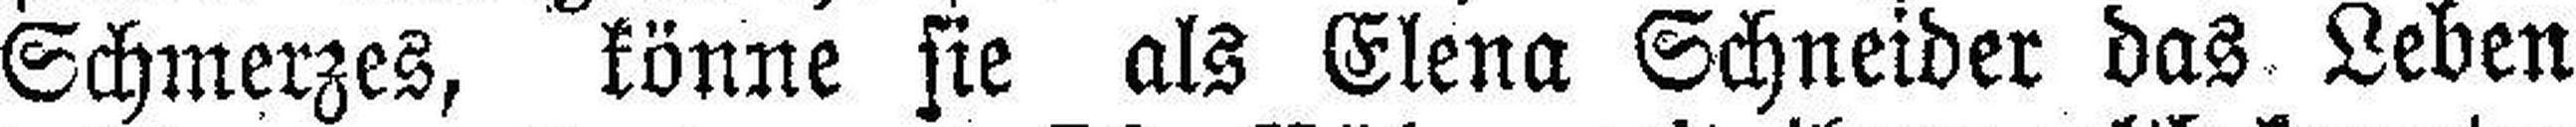
Schmerzes, könne sie als Elena Schneider das Leben